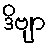
ဒိဗျာ